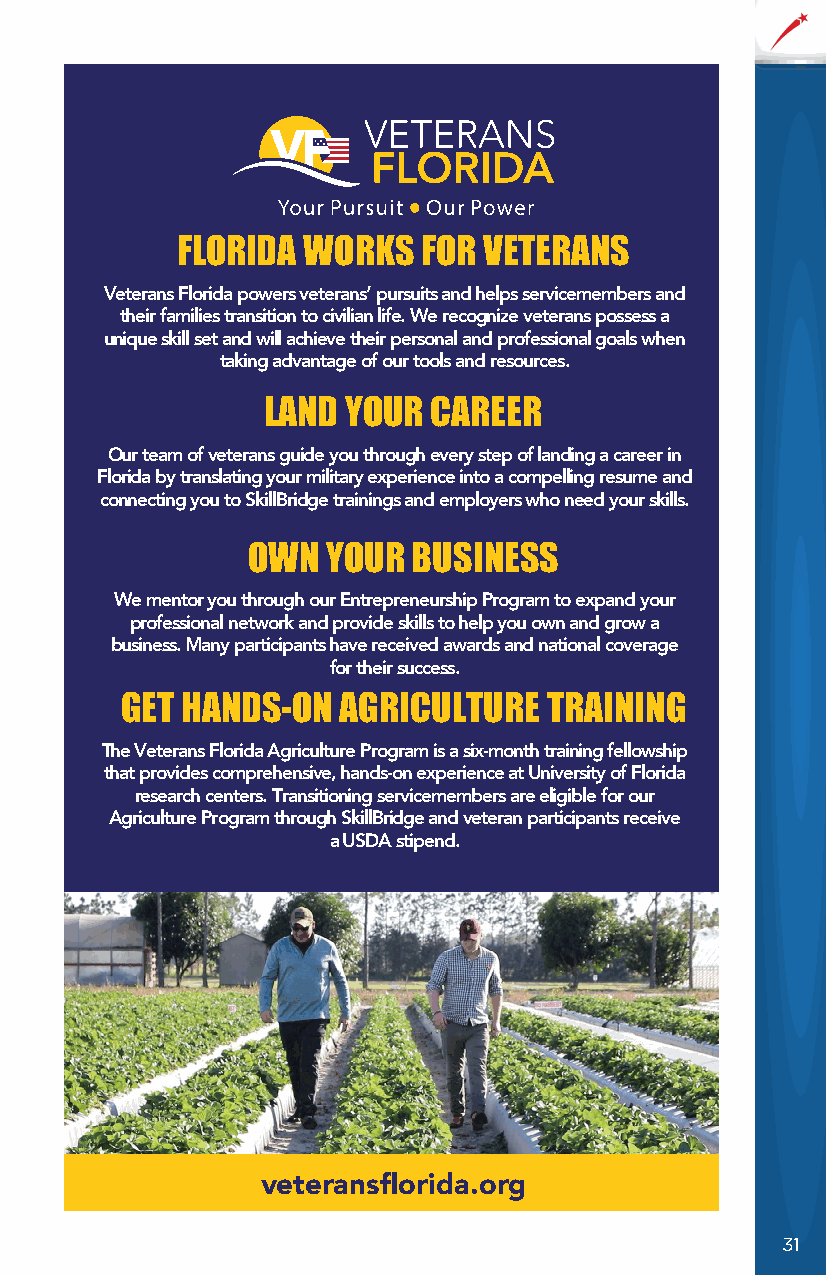
2023VFad_FDVABenefitsGuide.pdf 1 11/22/22 4:31 PM
 FLORIDA WORKS   FOR VETERANS
 Veterans Florida powers veterans’ pursuits and helps servicemembers and
 their families transition to civilian life. We recognize veterans possess a
 unique skill set and will achieve their personal and professional goals when
 taking advantage of our tools and resources.
 LAND  YOUR  CAREER
 Our team of veterans guide you through every step of landing a career in
 Florida by translating your military experience into a compelling resume and
 connecting you to SkillBridge trainings and employers who need your skills.
 C
 OWN   YOUR BUSINESS
 M
 Y      We mentor you through our Entrepreneurship Program to expand your
 professional network and provide skills to help you own and grow a
 CM
 business. Many participants have received awards and national coverage
 MY
 for their success.
 CY
 GET HANDS-ON  AGRICULTURE   TRAINING
 CMY
 K     The Veterans Florida Agriculture Program is a six-month training fellowship
 that provides comprehensive, hands-on experience at University of Florida
 research centers. Transitioning servicemembers are eligible for our
 Agriculture Program through SkillBridge and veteran participants receive
 a USDA stipend.
 veteransflorida.org
 31